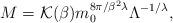
LaTeX: \begin{align*}M={\cal K}(\beta)m_0^{{8\pi}/{\beta^2\lambda}}\Lambda^{-{1}/{\lambda}},\end{align*}